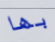
بها